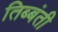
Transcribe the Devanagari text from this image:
तिब्बंती